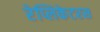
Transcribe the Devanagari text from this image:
रेप्लिकेटरस